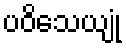
ပဝိသေယျုံ